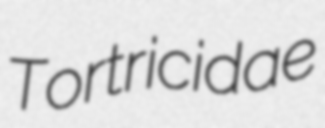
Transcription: Tortricidae